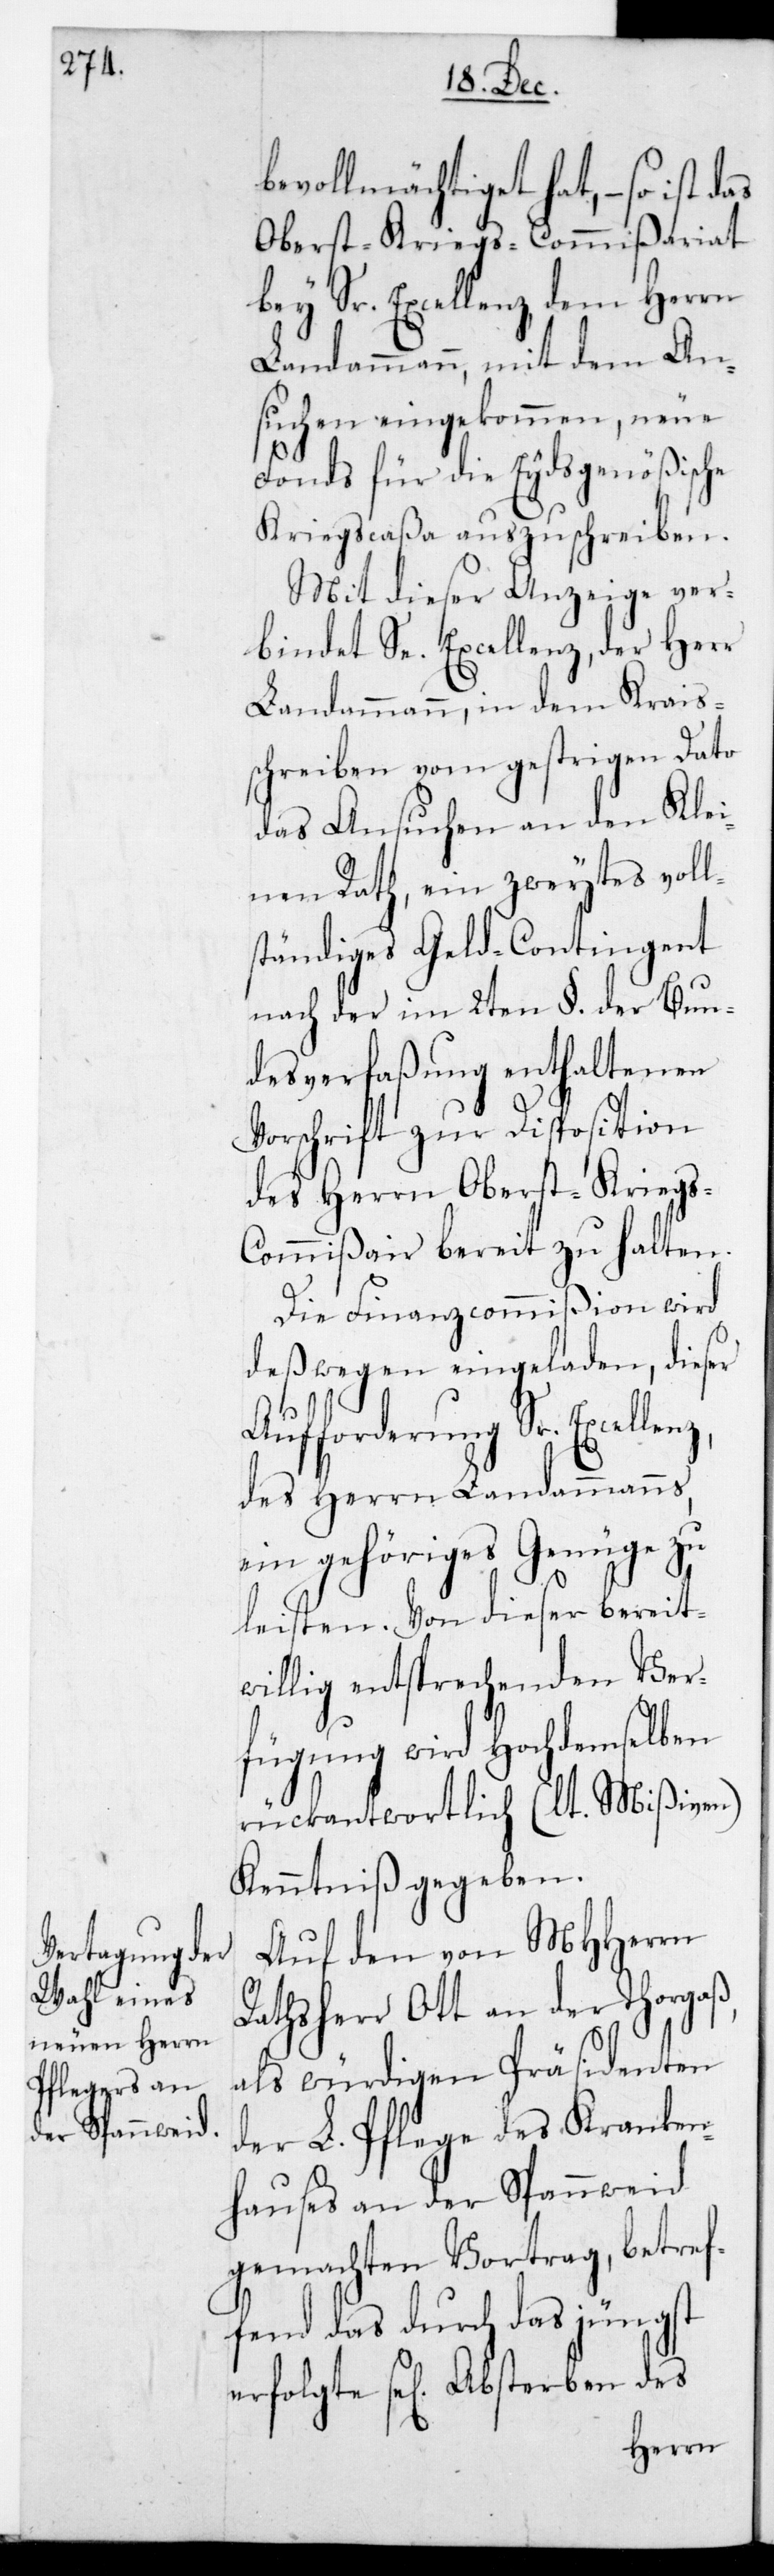
erfolgte se[lige] Absterben des
Oberst-Kriegs-Commißariat
bey Sr. Excellenz dem Herrn
Landammann, mit dem An¬
suchen eingekommen, neue
Fonds für die Eydsgenößische
Kriegscaßa auszuschreiben.
Mit dieser Anzeige ver¬
bindet Se. Excellenz der Herr
Landammann in dem Krais¬
schreiben vom gestrigen Dato
das Ansuchen an den Klei¬
nen Rath, ein zweytes voll¬
ständiges Geldcontingent
nach der im 2ten §. der Bun¬
desverfaßung enthaltenen
Vorschrift zur Disposition
des Herrn Oberst-Kriegs-C¬
ommißair bereit zu halten.
Die Finanzcommißion wird
deswegen eingeladen, dieser
Aufforderung Sr.
des Herrn Landammanns,
ein gehöriges Genüge zu
leisten. Von dieser bereit¬
willig entsprechenden Ver¬
fügung wird Hochdemselben
rückantwortlich (lt. Mißiven)
Kenntniß gegeben.
Auf den von MHHerrn
Rathsherr Ott an der Thorgaß,
als würdigen Präsidenten
der L. Pflege des Kranken¬
hauses an der Spannweid
gemachten Vortrag, betref¬
fend das durch das jüngst